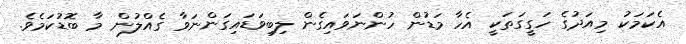
އެކަމަކު މިއަދުގެ ހަގީގަތަކީ އެހާ މަޑުން ހުންނަވައިގެން ލިބިވަޑައިގަންނަވާ ގެއްލުން މާ ބޮޑުކަމެވެ.